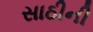
સાઠીની